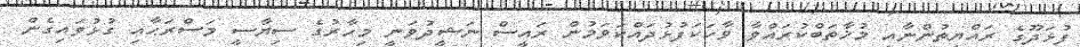
ފުޅަދޫގެ ރައްޔިތުންނާއި މުޚާތަބްކުރައްވާ ވާހަކަފުޅުދައްކަވަމުން ރައީސް ނަޝީދުވަނީ މިހާރުގެ ސިޔާސީ މަސްރަޙާއި ގުޅުވައިގެން